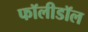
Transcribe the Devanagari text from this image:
फॉलीडॉल